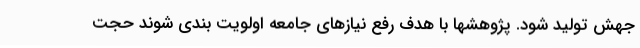
جهش تولید شود. پژوهشها با هدف رفع نیازهای جامعه اولویت بندی شوند حجت